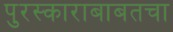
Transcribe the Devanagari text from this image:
पुरस्काराबाबतचा